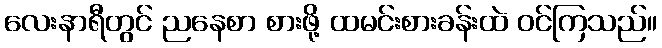
လေးနာရီတွင် ညနေစာ စားဖို့ ထမင်းစားခန်းထဲ ဝင်ကြသည်။